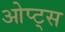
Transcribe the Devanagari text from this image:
ओप्ट्स